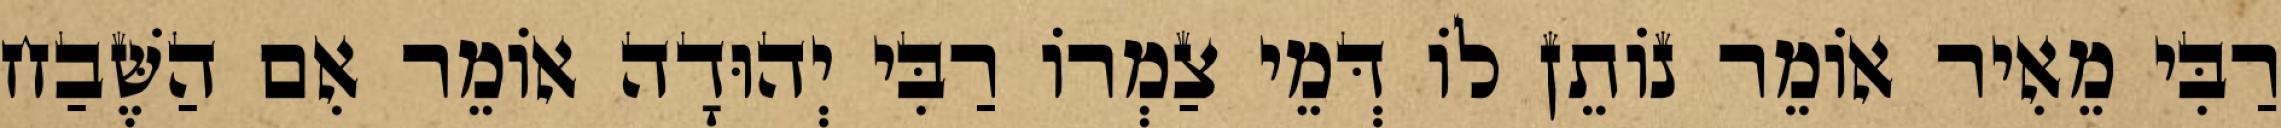
רַבִּי מֵאִיר אוֹמֵר נוֹתֵן לוֹ דְּמֵי צַמְרוֹ רַבִּי יְהוּדָה אוֹמֵר אִם הַשֶּׁבַח